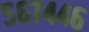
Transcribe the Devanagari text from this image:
५६७४४६